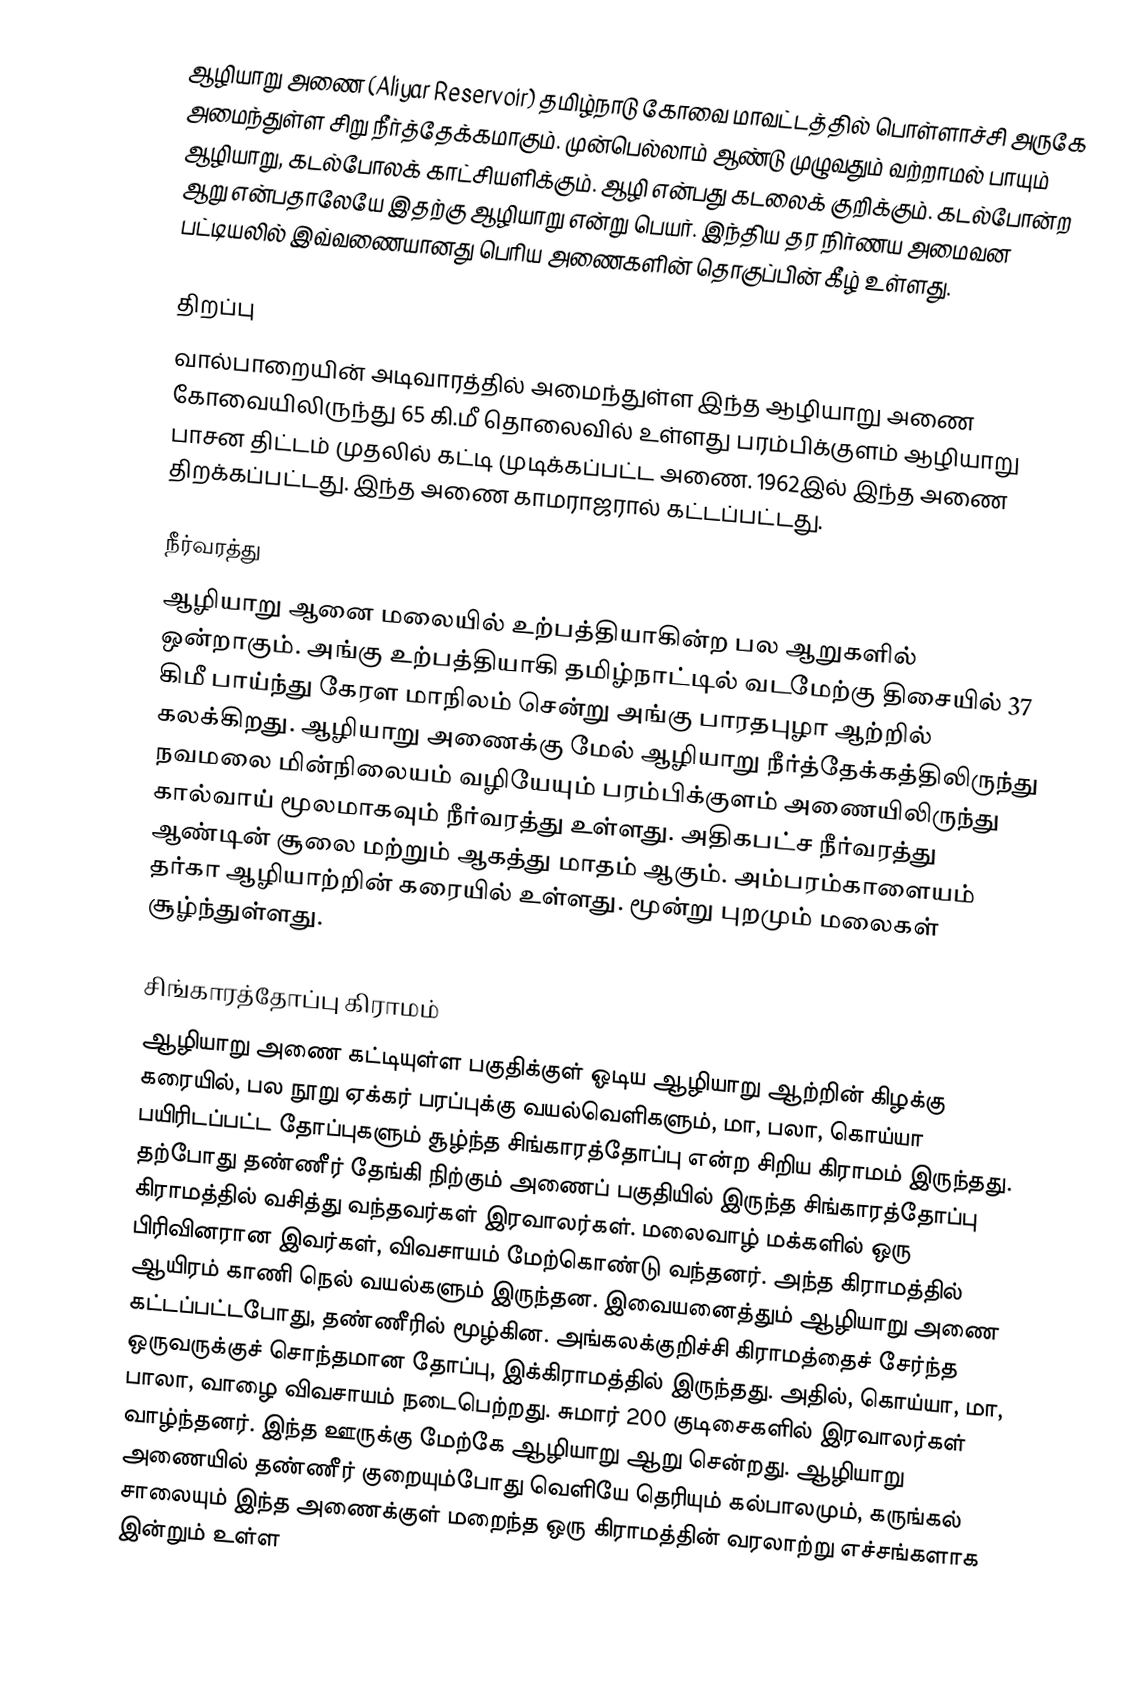
ஆழியாறு அணை (Aliyar Reservoir) தமிழ்நாடு கோவை மாவட்டத்தில் பொள்ளாச்சி அருகே அமைந்துள்ள சிறு நீர்த்தேக்கமாகும். முன்பெல்லாம் ஆண்டு முழுவதும் வற்றாமல் பாயும் ஆழியாறு, கடல்போலக் காட்சியளிக்கும். ஆழி என்பது கடலைக் குறிக்கும். கடல்போன்ற ஆறு என்பதாலேயே இதற்கு ஆழியாறு என்று பெயர். இந்திய தர நிர்ணய அமைவன பட்டியலில் இவ்வணையானது பெரிய அணைகளின் தொகுப்பின் கீழ் உள்ளது.

திறப்பு
வால்பாறையின் அடிவாரத்தில் அமைந்துள்ள இந்த ஆழியாறு அணை கோவையிலிருந்து 65 கி.மீ தொலைவில் உள்ளது பரம்பிக்குளம் ஆழியாறு பாசன திட்டம் முதலில் கட்டி முடிக்கப்பட்ட அணை. 1962இல் இந்த அணை திறக்கப்பட்டது. இந்த அணை காமராஜரால் கட்டப்பட்டது.

நீர்வரத்து
ஆழியாறு ஆனை மலையில் உற்பத்தியாகின்ற பல ஆறுகளில் ஒன்றாகும். அங்கு உற்பத்தியாகி தமிழ்நாட்டில் வடமேற்கு திசையில் 37 கிமீ பாய்ந்து கேரள மாநிலம் சென்று அங்கு பாரதபுழா ஆற்றில் கலக்கிறது. ஆழியாறு அணைக்கு மேல் ஆழியாறு நீர்த்தேக்கத்திலிருந்து நவமலை மின்நிலையம் வழியேயும் பரம்பிக்குளம் அணையிலிருந்து கால்வாய் மூலமாகவும் நீர்வரத்து உள்ளது. அதிகபட்ச நீர்வரத்து ஆண்டின் சூலை மற்றும் ஆகத்து மாதம் ஆகும். அம்பரம்காளையம் தர்கா ஆழியாற்றின் கரையில் உள்ளது. மூன்று புறமும் மலைகள் சூழ்ந்துள்ளது.

சிங்காரத்தோப்பு கிராமம்
ஆழியாறு அணை கட்டியுள்ள பகுதிக்குள் ஓடிய ஆழியாறு ஆற்றின் கிழக்கு கரையில், பல நூறு ஏக்கர் பரப்புக்கு வயல்வெளிகளும், மா, பலா, கொய்யா பயிரிடப்பட்ட தோப்புகளும் சூழ்ந்த சிங்காரத்தோப்பு என்ற சிறிய கிராமம் இருந்தது. தற்போது தண்ணீர் தேங்கி நிற்கும் அணைப் பகுதியில் இருந்த சிங்காரத்தோப்பு கிராமத்தில் வசித்து வந்தவர்கள் இரவாலர்கள். மலைவாழ் மக்களில் ஒரு பிரிவினரான இவர்கள், விவசாயம் மேற்கொண்டு வந்தனர். அந்த கிராமத்தில் ஆயிரம் காணி நெல் வயல்களும் இருந்தன. இவையனைத்தும் ஆழியாறு அணை கட்டப்பட்டபோது, தண்ணீரில் மூழ்கின. அங்கலக்குறிச்சி கிராமத்தைச் சேர்ந்த ஒருவருக்குச் சொந்தமான தோப்பு, இக்கிராமத்தில் இருந்தது. அதில், கொய்யா, மா, பாலா, வாழை விவசாயம் நடைபெற்றது. சுமார் 200 குடிசைகளில் இரவாலர்கள் வாழ்ந்தனர். இந்த ஊருக்கு மேற்கே ஆழியாறு ஆறு சென்றது. ஆழியாறு அணையில் தண்ணீர் குறையும்போது வெளியே தெரியும் கல்பாலமும், கருங்கல் சாலையும் இந்த அணைக்குள் மறைந்த ஒரு கிராமத்தின் வரலாற்று எச்சங்களாக இன்றும் உள்ள